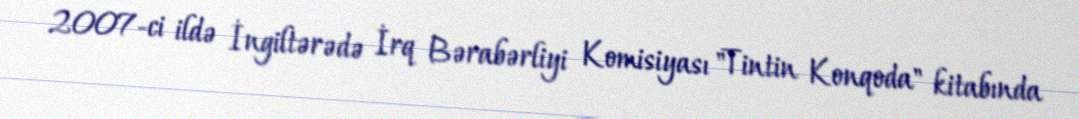
2007-ci ildə İngiltərədə İrq Bərabərliyi Komisiyası "Tintin Konqoda" kitabında